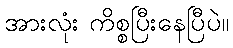
အားလုံး ကိစ္စပြီးနေပြီပဲ။